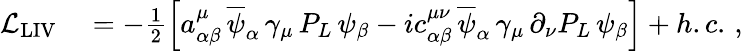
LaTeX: \begin{array}{rl}{\mathcal{L}_{\mathrm{LIV}}}&{{}=-\frac{1}{2}\left[a_{\alpha\beta}^{\mu}\, \overline{{\psi}}_{\alpha}\, \gamma_{\mu}\, P_{L}\, \psi_{\beta}-ic_{\alpha\beta}^{\mu\nu}\, \overline{{\psi}}_{\alpha}\, \gamma_{\mu}\, \partial_{\nu}P_{L}\, \psi_{\beta}\right]+h.c.\, ,}\end{array}